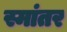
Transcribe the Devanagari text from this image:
स्मांतर